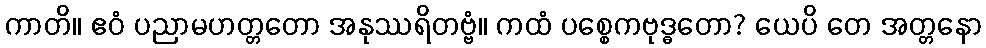
ကာတိ။ ဧဝံ ပညာမဟတ္တတော အနုဿရိတဗ္ဗံ။ ကထံ ပစ္စေကဗုဒ္ဓတော? ယေပိ တေ အတ္တနော